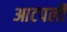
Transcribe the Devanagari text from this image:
आटपली